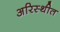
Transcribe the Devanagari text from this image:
अरिस्थीत